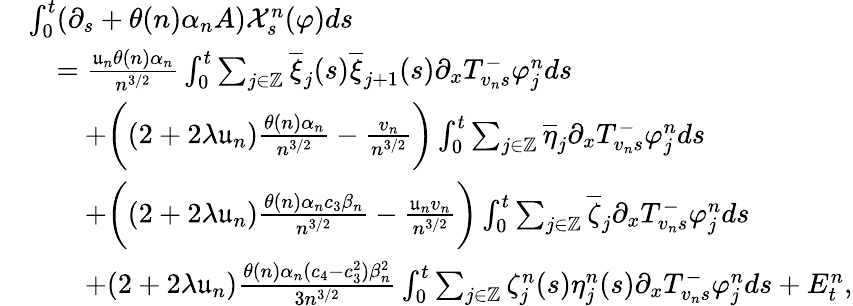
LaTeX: \begin{array}{rl}&{\int_{0}^{t}(\partial_{s}+\theta(n)\alpha_{n}A)\mathcal{X}_{s}^{n}(\varphi)ds}\\ &{\quad=\frac{\mathfrak{u}_{n}\theta(n)\alpha_{n}}{n^{3/2}}\int_{0}^{t}\sum_{j\in\mathbb{Z}}\overline{{\xi}}_{j}(s)\overline{{\xi}}_{j+1}(s)\partial_{x}T_{v_{n}s}^{-}\varphi_{j}^{n}ds}\\ &{\qquad+\bigg((2+2\lambda\mathfrak{u}_{n})\frac{\theta(n)\alpha_{n}}{n^{3/2}}-\frac{v_{n}}{n^{3/2}}\bigg)\int_{0}^{t}\sum_{j\in\mathbb{Z}}\overline{{\eta}}_{j}\partial_{x}T_{v_{n}s}^{-}\varphi_{j}^{n}ds}\\ &{\qquad+\bigg((2+2\lambda\mathfrak{u}_{n})\frac{\theta(n)\alpha_{n}c_{3}\beta_{n}}{n^{3/2}}-\frac{\mathfrak{u}_{n}v_{n}}{n^{3/2}}\bigg)\int_{0}^{t}\sum_{j\in\mathbb{Z}}\overline{{\zeta}}_{j}\partial_{x}T_{v_{n}s}^{-}\varphi_{j}^{n}ds}\\ &{\qquad+(2+2\lambda\mathfrak{u}_{n})\frac{\theta(n)\alpha_{n}(c_{4}-c_{3}^{2})\beta_{n}^{2}}{3n^{3/2}}\int_{0}^{t}\sum_{j\in\mathbb{Z}}\zeta_{j}^{n}(s)\eta_{j}^{n}(s)\partial_{x}T_{v_{n}s}^{-}\varphi_{j}^{n}ds+E_{t}^{n},}\end{array}